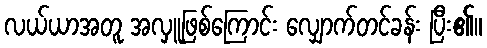
လယ်ယာအတူ အလှူဖြစ်ကြောင်း လျှောက်တင်ခန်း ပြီး၏။